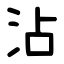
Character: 沾